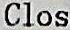
CLOS